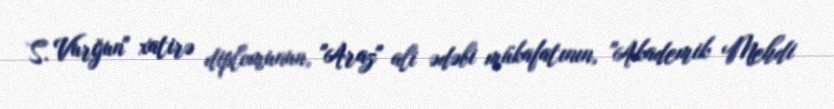
S. Vurğun" xatirə diplomunun, "Araz" ali ədəbi mükafatının, "Akademik Mehdi